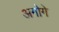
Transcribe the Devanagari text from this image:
अगोगे